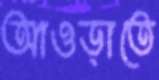
আওড়াতে